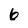
Character: 6